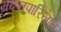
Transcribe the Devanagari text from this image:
मदनपारिजात